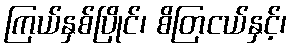
ကြယ်နှစ်ပြိုင်၊ စိတြငယ်နှင့်၊